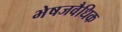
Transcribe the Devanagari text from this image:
भेषजवैधिक